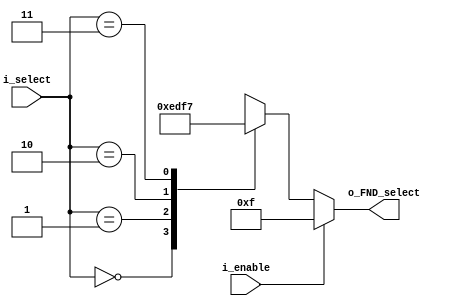
`timescale 1ns / 1ps

module Decoder_2_4(
    input [1:0] i_select,
    input i_enable,
    output [3:0] o_FND_select
    );

    reg [3:0] r_FND_select;
    assign o_FND_select =r_FND_select;

    always @(i_enable) begin
        if(i_enable) r_FND_select <= 4'b1111;
        else begin
            case (i_select) 
            2'b00 : r_FND_select <= 4'b1110;
            2'b01 : r_FND_select <= 4'b1101;
            2'b10 : r_FND_select <= 4'b1111;
            2'b11 : r_FND_select <= 4'b0111;
            endcase
        end
    end

endmodule